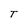
Character: T